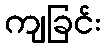
ကျခြင်း